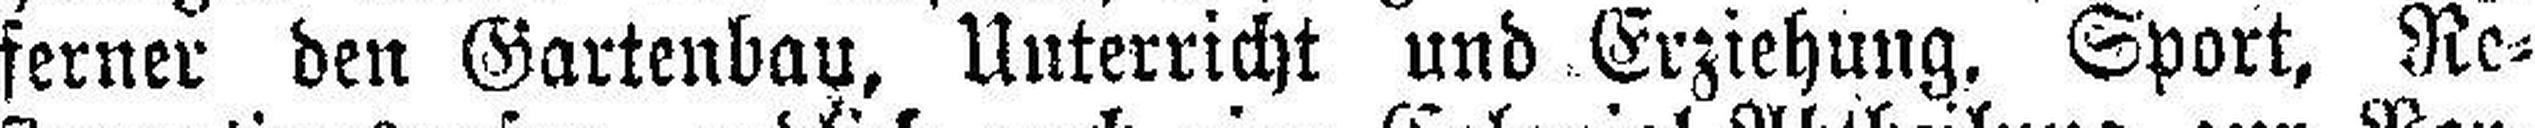
ferner den Gartenbau, Unterricht und Erziehung, Sport, Re¬